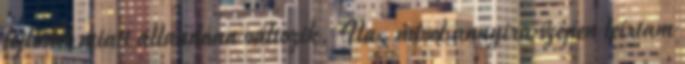
fejlődés miatt állandóan változik. Na, mivel annyira szépen leírtam